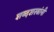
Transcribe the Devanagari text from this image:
शब्दशस्त्रांनी